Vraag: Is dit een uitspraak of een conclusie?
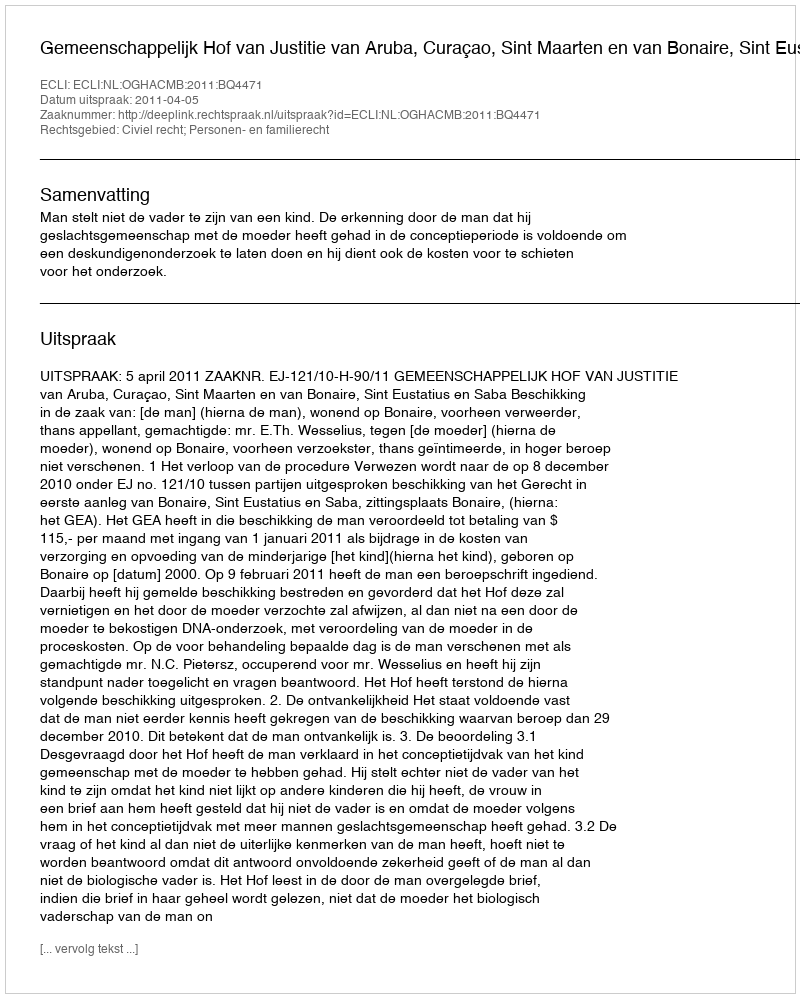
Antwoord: Uitspraak